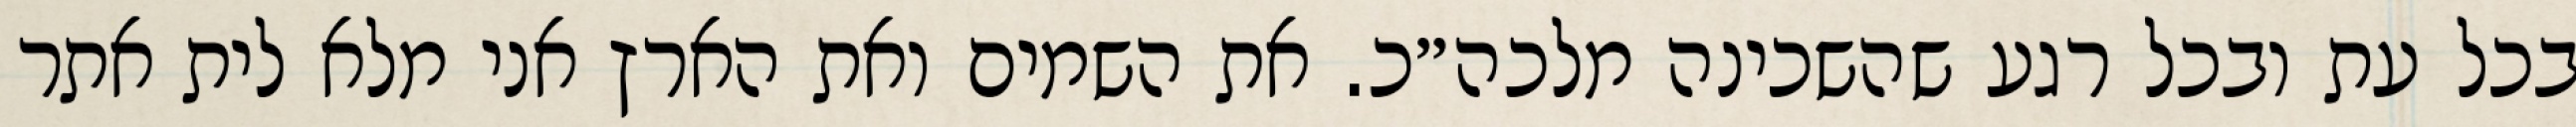
בכל עת ובכל רגע שהשכינה מלכה״כ. את השמים ואת הארץ אני מלא לית אתר